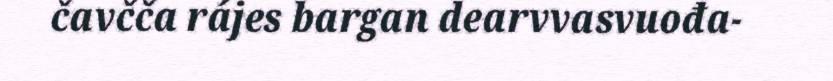
čavčča rájes bargan dearvvasvuođa-